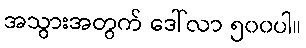
အသွားအတွက် ဒေါ်လာ ၅၀၀ပါ။